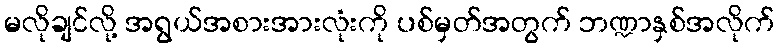
မလိုချင်လို့ အရွယ်အစားအားလုံးကို ပစ်မှတ်အတွက် ဘဏ္ဍာနှစ်အလိုက်